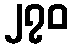
၂၇၀